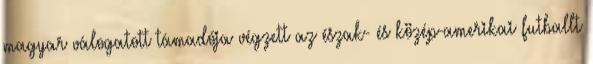
magyar válogatott támadója végzett az észak- és közép-amerikai futballt